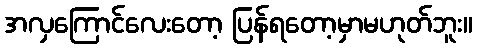
အလှကြောင်လေးတော့ ပြန်ရတော့မှာမဟုတ်ဘူး။